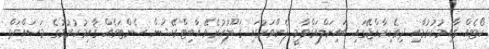
ކޯޓެއް ޤާއިމުކުރުމާއި ދިވެހިރާއްޖޭގައި ބައިނަލްއަޤްވާމީ ފެންވަރުގައި ޤަބޫލުކުރެވޭ އާބިޓްރޭޝަން ސެންޓަރެއް ޤާއިމުކުރުމުގެ މަސައްކަތް